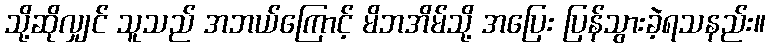
သို့ဆိုလျှင် သူသည် အဘယ်ကြောင့် မိဘအိမ်သို့ အပြေး ပြန်သွားခဲ့ရသနည်း။